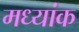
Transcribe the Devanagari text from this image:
मध्यांक